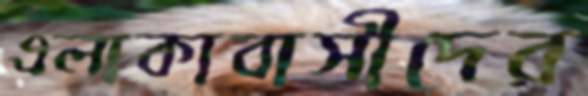
এলাকাবাসীদের